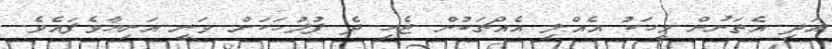
އަދި އެތަނުން މީހަކު އެއްލި އެއްޗަކުން ޖެހި ދެ ފުލުހަކަށް ވަނީ އަނިޔާވެފައެވެ.